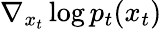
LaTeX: \nabla_{x_{t}}\log{p_{t}(x_{t})}